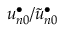
u _ { n 0 } ^ { \bullet } / \widetilde u _ { n 0 } ^ { \bullet }